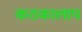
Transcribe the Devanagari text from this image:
कठकालाप